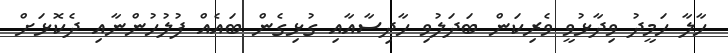
ހާލާ ހަމީދު ވިދާޅުވީ ވެރިކަން ބަދަލުވި ހާދިސާއާއި ގުޅިގެން ބައެއް ފުލުހުންނާއި ދެކޮޅަށް